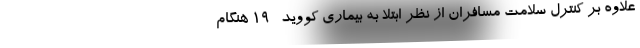
علاوه بر کنترل سلامت مسافران از نظر ابتلا به بیماری کووید- ۱۹ هنگام